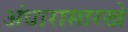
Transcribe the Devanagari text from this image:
अंधारासारखे